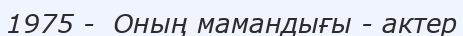
1975 -  Оның мамандығы - актер